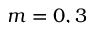
m = 0 , 3